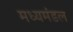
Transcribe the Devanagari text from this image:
मध्यमंडल